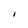
Character: I